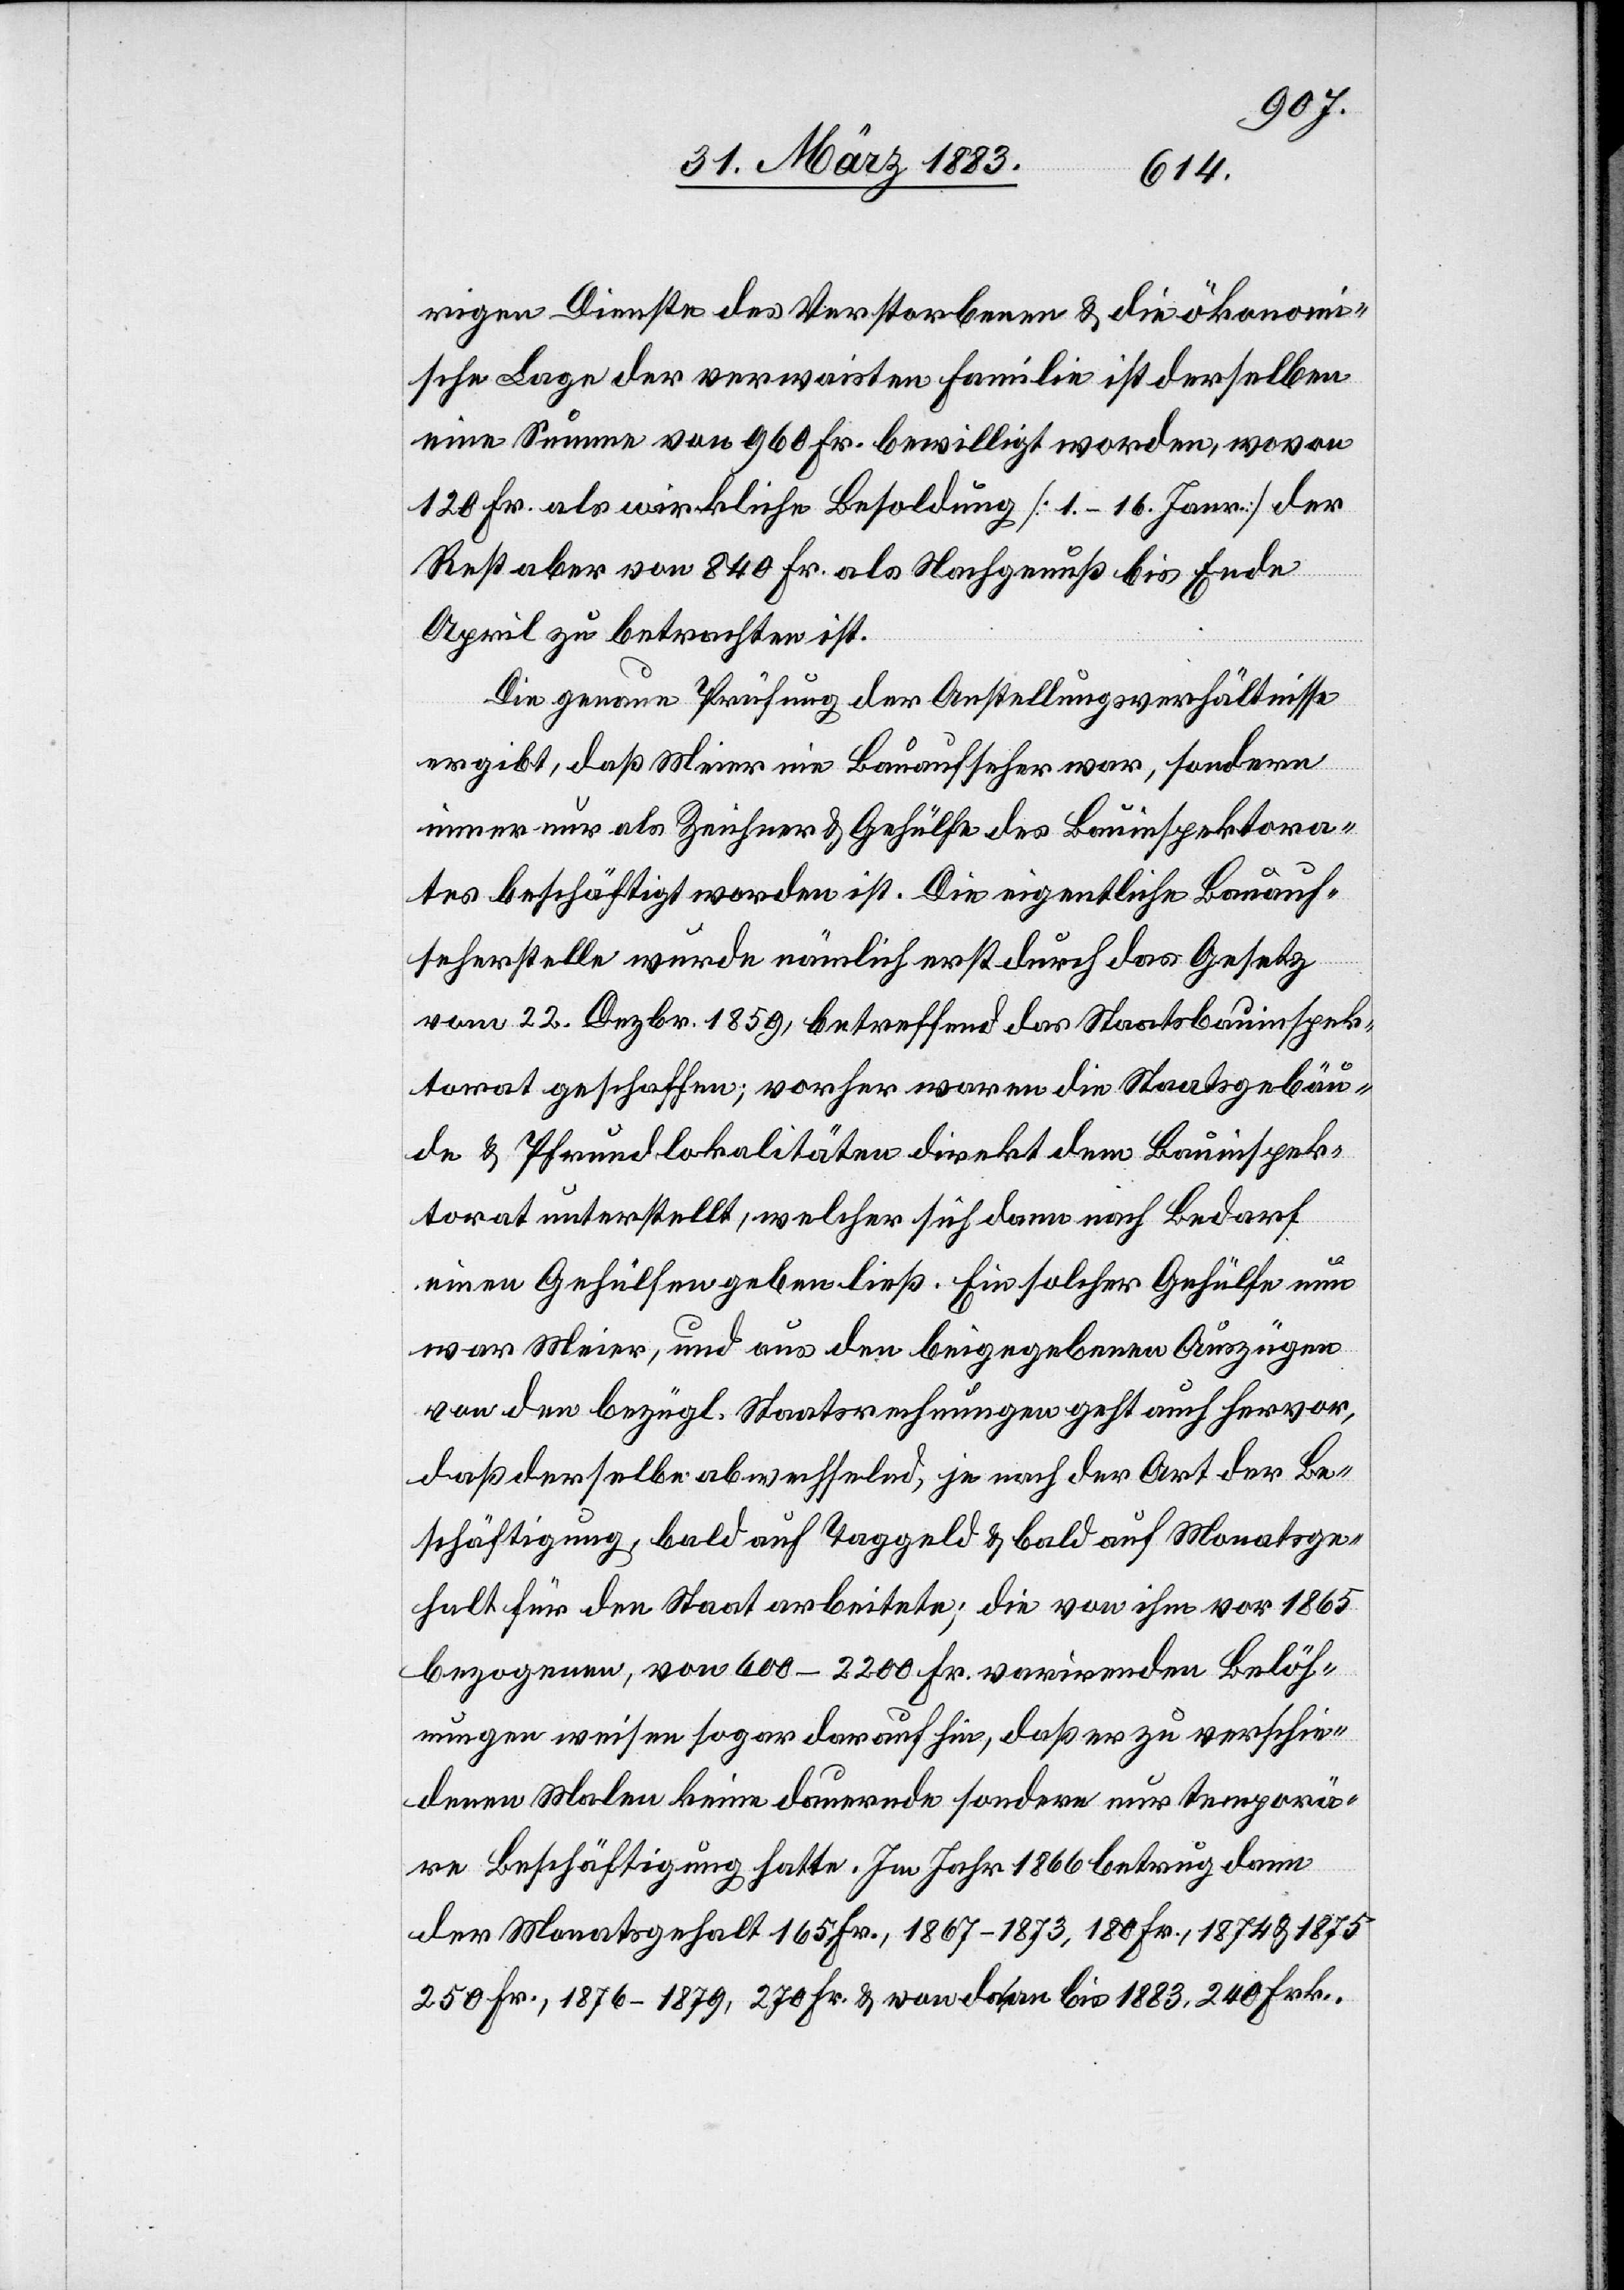
rigen Dienste des Verstorbenen & die ökonomi¬
sche Lage der verwaisten Familie ist derselben
eine Summe von 960 Fr. bewilligt worden, wovon
120 Fr. als wirkliche Besoldung [1.–16. Janr.] der
Rest aber von 840 Fr. als Nachgenuß bis Ende
April zu betrachten ist.
Die genaue Prüfung der Anstellungsverhältnisse
ergibt, daß Meier nie Bauaufseher war, sondern
immer nur als Zeichner & Gehülfe des Bauinspektora¬
tes beschäftigt worden ist. Die eigentliche Bauauf¬
seherstelle wurde nämlich erst durch das Gesetz
vom 22. Dezbr. 1859, betreffend das Staatsbauinspek¬
torat geschaffen; vorher waren die Staatsgebäu¬
de & Pfrundlokalitäten direkt dem Bauinspek¬
torat unterstellt, welcher [sic!] sich dann nach Bedarf
einen Gehülfen geben ließ. Ein solcher Gehülfe nun
war Meier, und aus den beigegebenen Auszügen
von den bezügl. Staatsrechnungen geht auch hervor,
daß derselbe abwechselnd, je nach Art der Be¬
schäftigung, bald auf Taggeld & bald auf Monatsge¬
halt für den Staat arbeitete; die von ihm vor 1865
bezogenen, von 600–2200 Fr. varirenden Belöh¬
nungen weisen sogar darauf hin, daß er zu verschie¬
denen Malen keine dauernde sondern nur temporä¬
re Beschäftigung hatte. Im Jahr 1866 betrug dann
der Monatsgehalt 165 Fr., 1867–1873, 180 Fr., 1874 & 1875
250 Fr., 1876–1879, 270 Fr. & von da an bis 1883, 240 Frk.